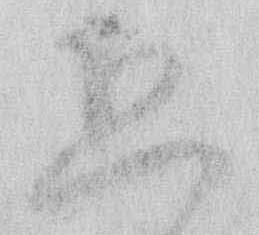
恐